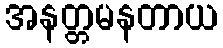
အနတ္တမနတာယ